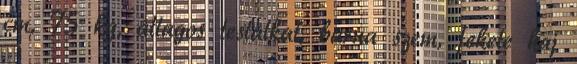
cm, 75 kg, átlagos testalkat, barna szem, fekete haj